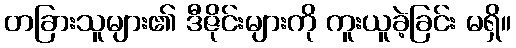
တခြားသူများ၏ ဒီဇိုင်းများကို ကူးယူခဲ့ခြင်း မရှိ။